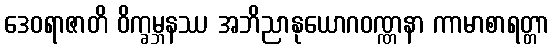
ဒေဝရာဇာတိ ဝိက္ခမ္ဘနဿ အဘိညာနုယောဂဝဏ္ဏနာ ကာမာစာရတ္တာ